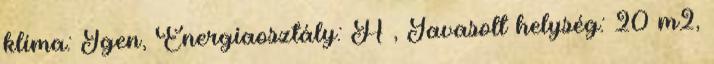
klíma: Igen, Energiaosztály: A , Javasolt helység: 20 m2,